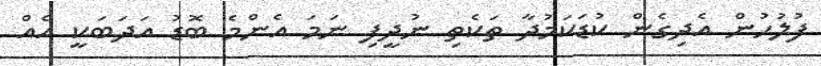
ފުލުހުން އެދިގެން ކުޑަކަމުދާ ތަކެތި ނުދީފި ނަމަ އެންމެ ބޮޑު އަދަބަކީ އެއް